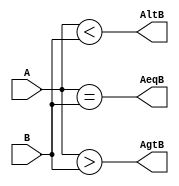
`timescale 1ns / 1ps


module Comparator_9bits(A, B, AltB, AeqB, AgtB);

    input [8:0] A, B;
    output AltB, AeqB, AgtB;
    
    assign AltB = A < B;
    assign AeqB = A == B;
    assign AgtB = A > B;
    
endmodule